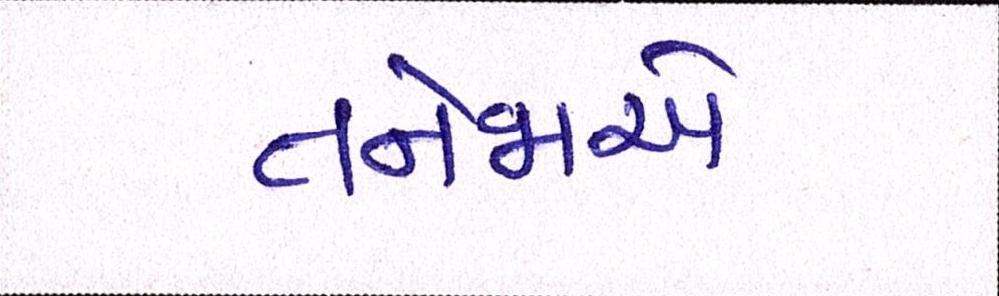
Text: તનેજાએ